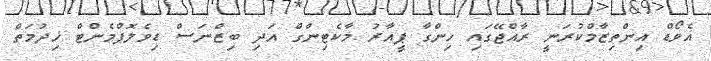
އެވޯޑް އިންތިޒާމްކުރަނީ ރާއްޖޭގައި ހިންގާ ޕީއާރު މާކެޓިންގް އަދި ބިޒްނަސް ޑިވެލޮޕްމެންޓް ޚިދުމަތް